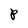
Character: p